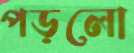
পড়লো